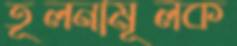
তূলনামূলক